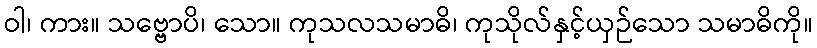
ဝါ၊ ကား။ သဗ္ဗောပိ၊ သော။ ကုသလသမာဓိ၊ ကုသိုလ်နှင့်ယှဉ်သော သမာဓိကို။